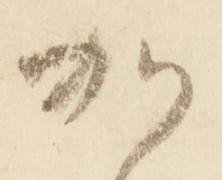
加